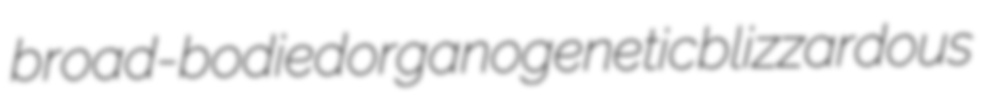
broad-bodied organogenetic blizzardous